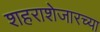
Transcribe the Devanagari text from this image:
शहराशेजारच्या